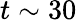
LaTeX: t\sim 30